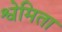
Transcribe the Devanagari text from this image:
श्वेमिता